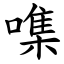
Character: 㗱